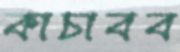
কাচাবব